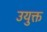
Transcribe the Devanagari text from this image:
उयुक्त